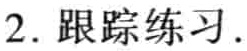
2. 跟踪练习.